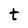
Character: t